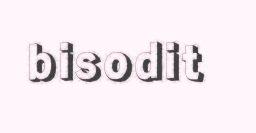
bisodit